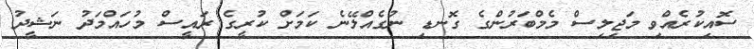
ސޮއިކުރެއްވި މަޖިލިސް މެމްބަރުންގެ ގޮނޑި ނުގެއްލޭނެ ކަމަށް ކުރީގެ ރައީސް މުހައްމަދު ނަޝީދު